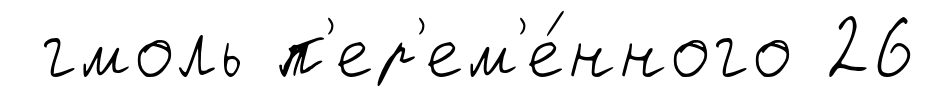
гмоль п'ер'ем'е́нного 26